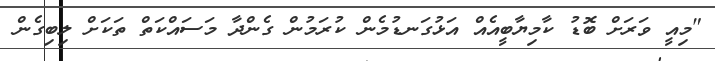
"މިއީ ވަރަށް ބޮޑު ކާމިޔާބީއެއް އަޅުގަނޑުމެން ކުރަމުން ގެންދާ މަސައްކަތް ތަކަށް ލިބިގެން